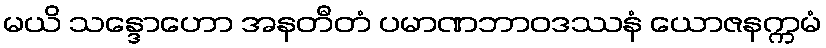
မယိ သန္ဒောဟော အနတီတံ ပမာဏဘာဝဒဿနံ ယောဇနက္ကမံ